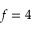
f = 4